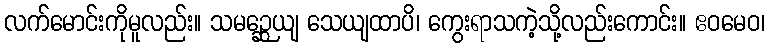
လက်မောင်းကိုမူလည်း။ သမဉ္ဆေယျ သေယျထာပိ၊ ကွေးရာသကဲ့သို့လည်းကောင်း။ ဧဝမေဝ၊